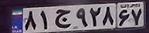
۸۱ج۹۲۸۶۷